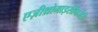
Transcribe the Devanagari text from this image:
एज़ीथ्रोमाइसीनजैसे